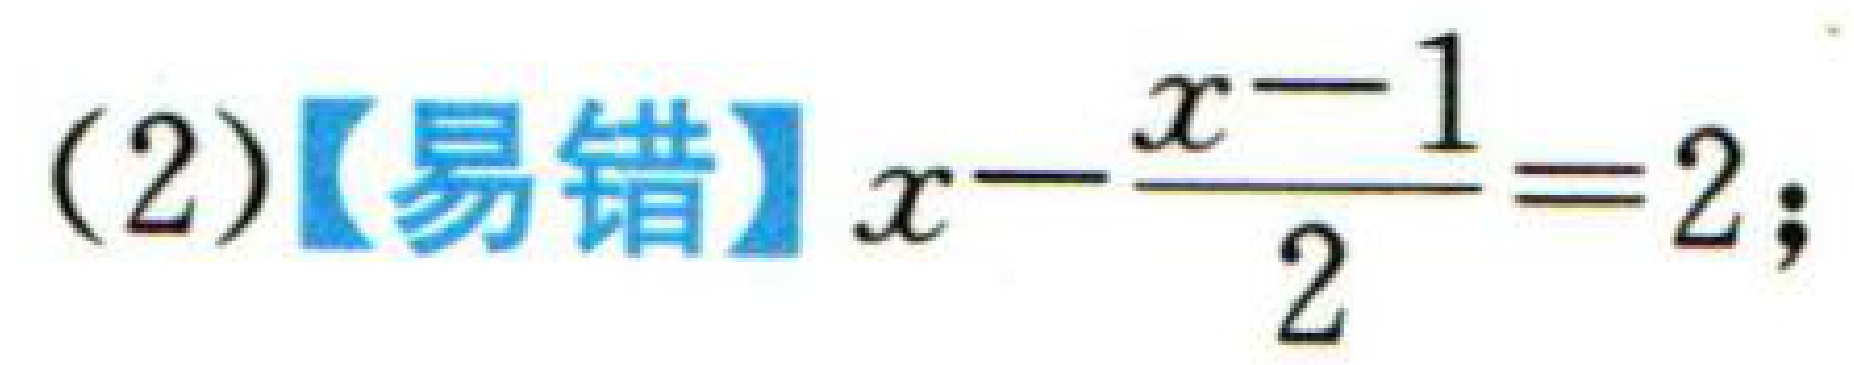
(2)【易错】\(x - \dfrac{x - 1}{2} = 2;\)